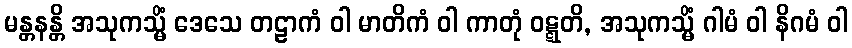
မန္တနန္တိ အသုကသ္မိံ ဒေသေ တဠာကံ ဝါ မာတိကံ ဝါ ကာတုံ ဝဋ္ဋတိ, အသုကသ္မိံ ဂါမံ ဝါ နိဂမံ ဝါ